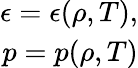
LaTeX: \begin{array}{r}{\epsilon=\epsilon(\rho,T),}\\ {p=p(\rho,T)}\end{array}